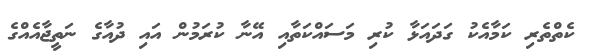
ކެތްތެރި ކަމާއެކު ގަދައަޅާ ކުރި މަސައްކަތާއި އޭނާ ކުރަމުން އައި ދުއާގެ ނަތީޖާއެއްގެ